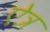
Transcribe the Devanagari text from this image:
ऐत्र